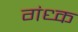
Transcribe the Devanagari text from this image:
गंध्क